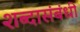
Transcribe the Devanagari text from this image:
शब्दासंबंधी